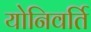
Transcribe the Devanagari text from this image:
योनिवर्ति